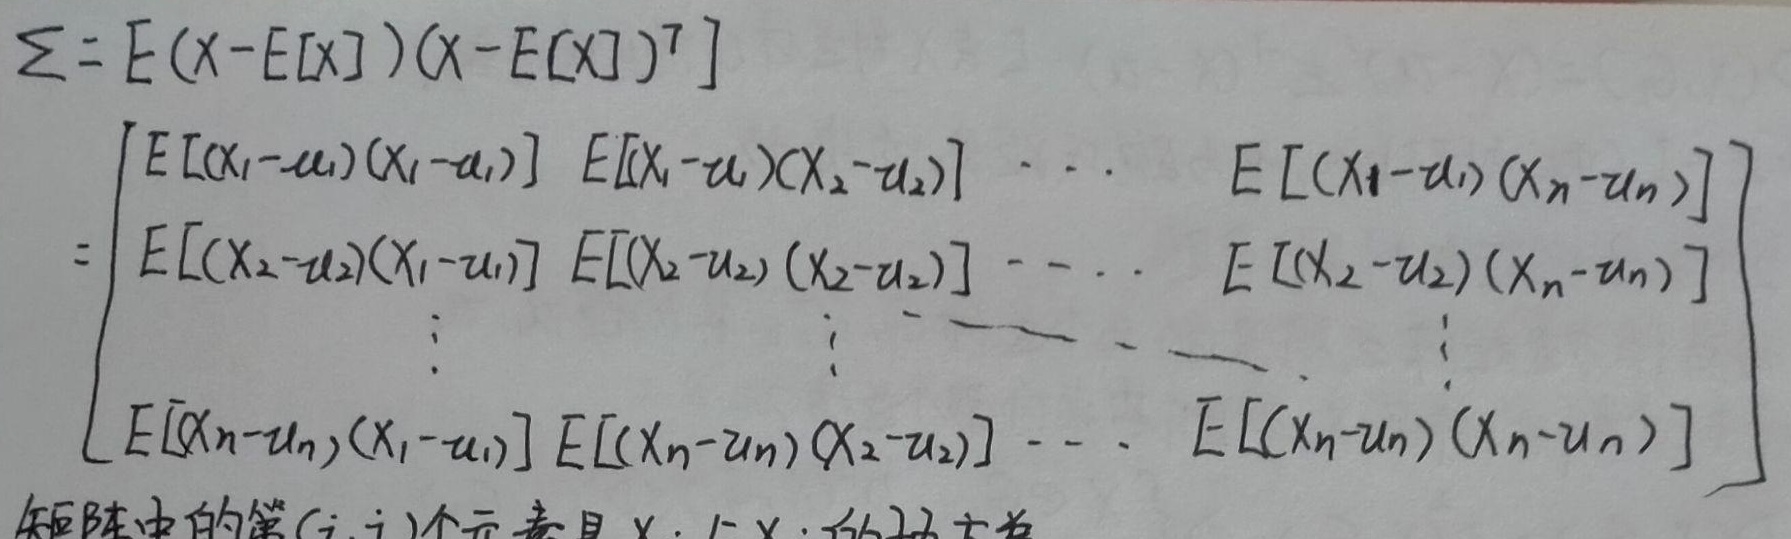
矩阵中的第\((i,j)\)个元素是\(X_i\)与\(X_j\)的协方差 。
\[\begin{align*}\Sigma&=E\left[(\boldsymbol{X}-E[\boldsymbol{X}])(\boldsymbol{X}-E[\boldsymbol{X}])^{T}\right]\\&=\begin{bmatrix}E[(X_1 - \mu_1)(X_1 - \mu_1)] & E[(X_1 - \mu_1)(X_2 - \mu_2)] & \cdots & E[(X_1 - \mu_1)(X_n - \mu_n)]\\E[(X_2 - \mu_2)(X_1 - \mu_1)] & E[(X_2 - \mu_2)(X_2 - \mu_2)] & \cdots & E[(X_2 - \mu_2)(X_n - \mu_n)]\\\vdots & \vdots &  & \vdots\\E[(X_n - \mu_n)(X_1 - \mu_1)] & E[(X_n - \mu_n)(X_2 - \mu_2)] & \cdots & E[(X_n - \mu_n)(X_n - \mu_n)]\end{bmatrix}\end{align*}\]